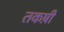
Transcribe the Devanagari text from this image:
तकष़ी